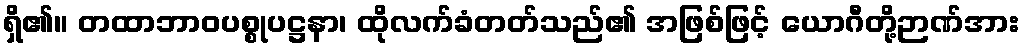
ရှိ၏။ တထာဘာဝပစ္စုပဋ္ဌနာ၊ ထိုလက်ခံတတ်သည်၏ အဖြစ်ဖြင့် ယောဂီတို့ဉာဏ်အား